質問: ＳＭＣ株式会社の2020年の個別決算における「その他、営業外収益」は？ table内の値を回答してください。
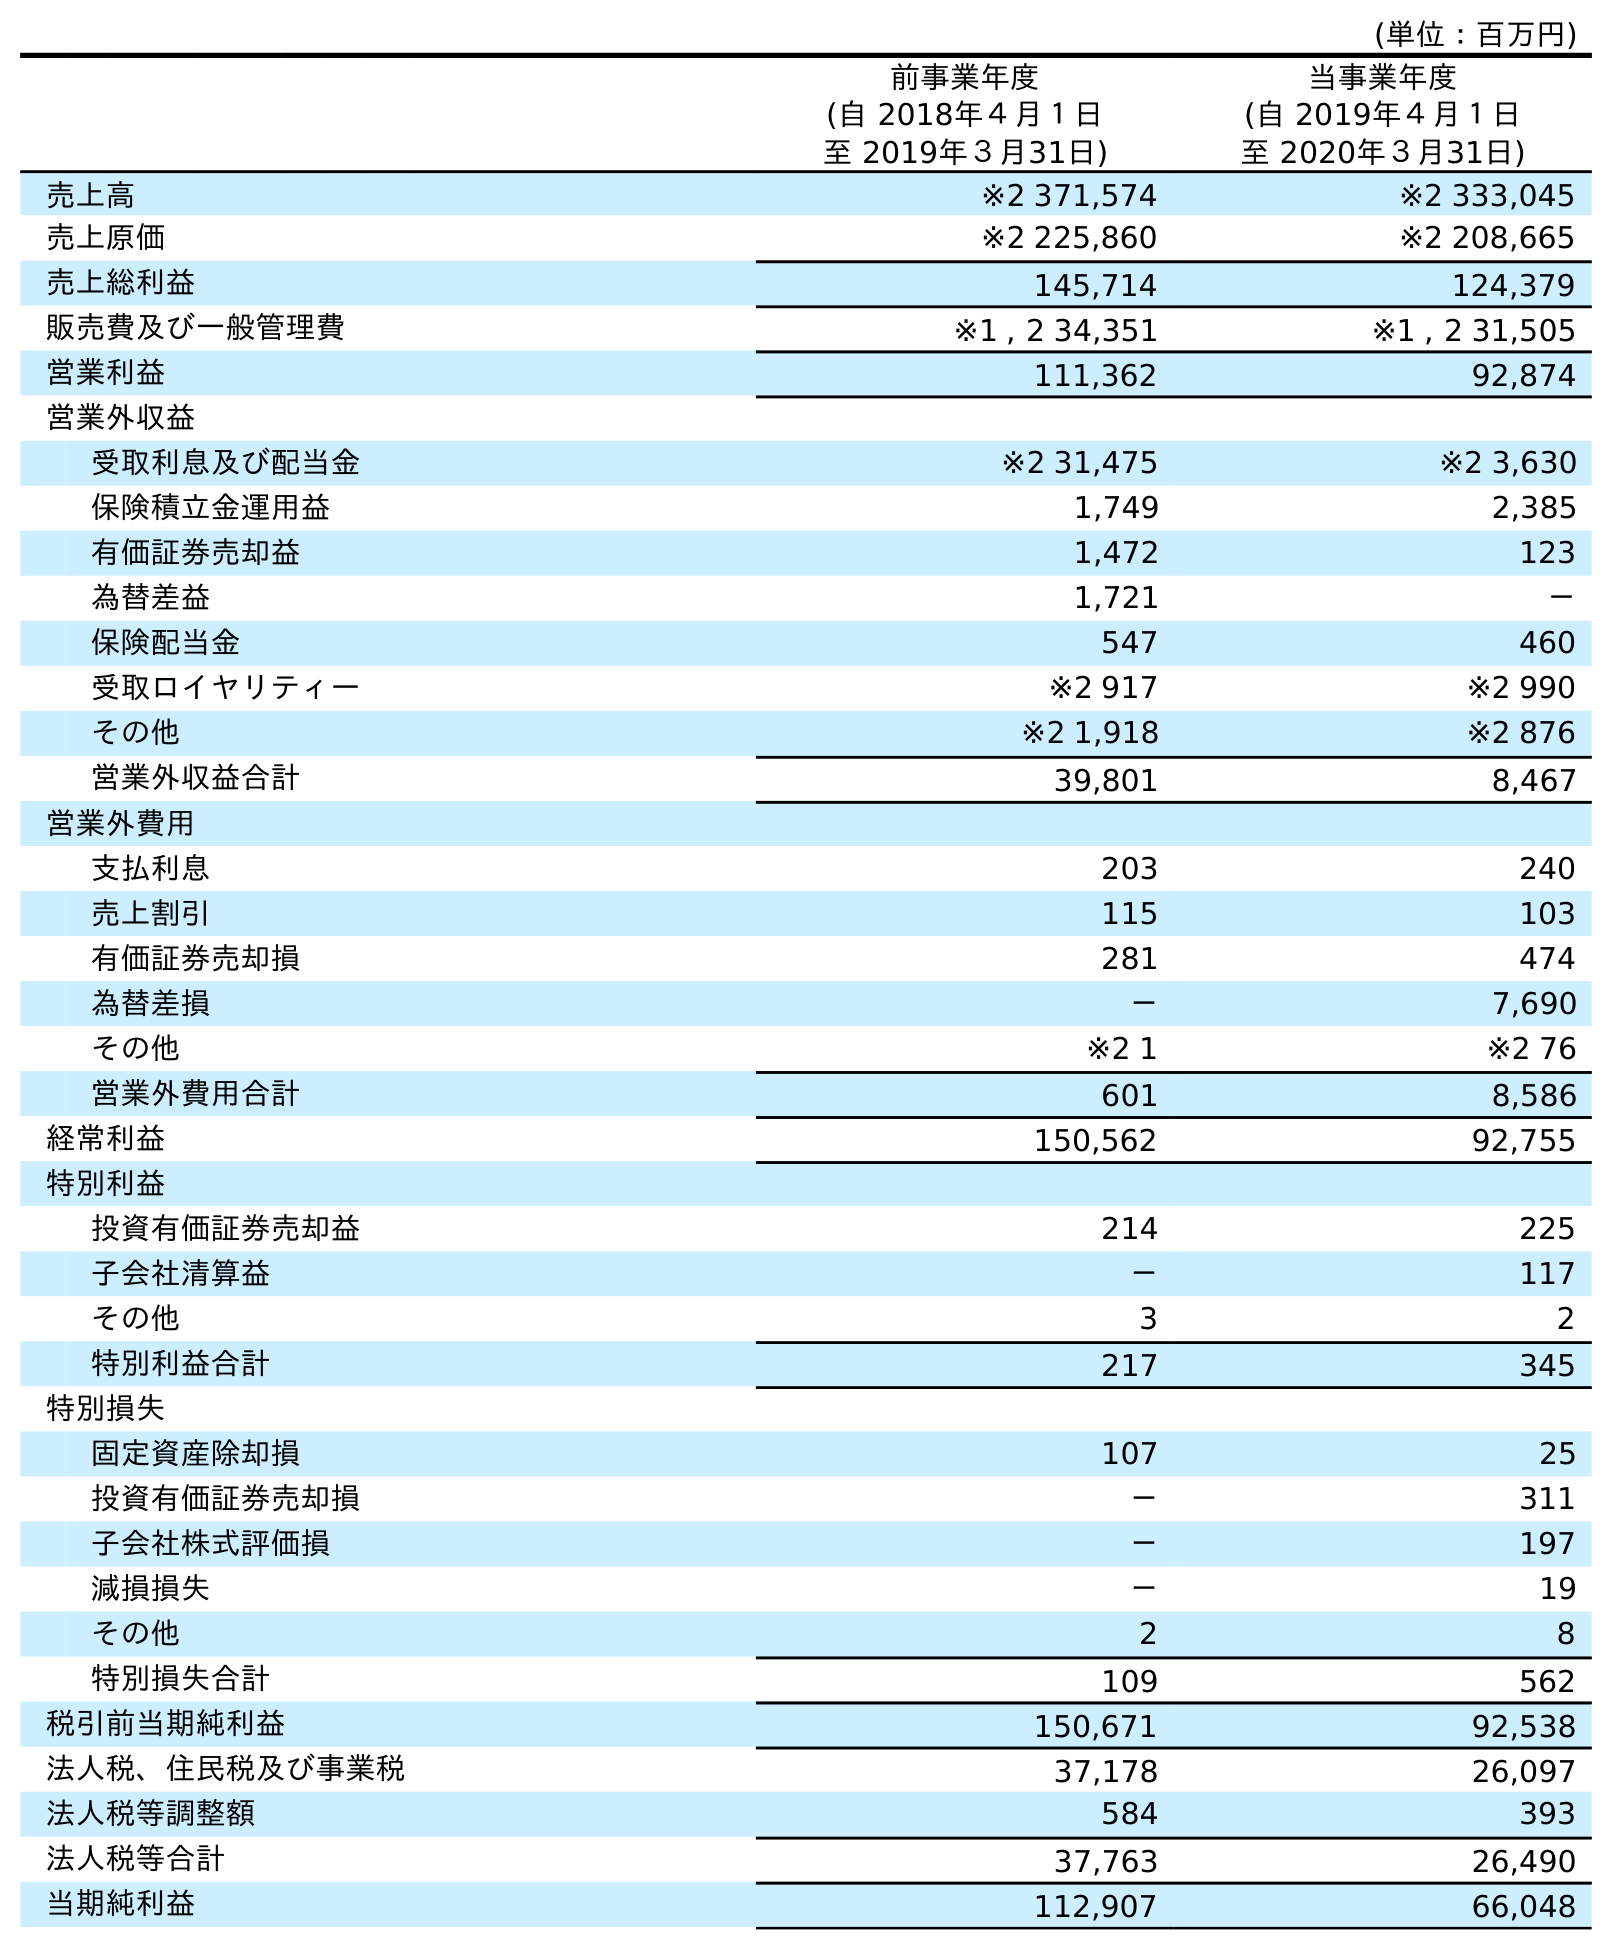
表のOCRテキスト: (単位：百万円) 前事業年度 (自 2018年４月１日 至 2019年３月31日) 当事業年度 (自 2019年４月１日 至 2020年３月31日) 売上高 ※2 371,574 ※2 333,045 売上原価 ※2 225,860 ※2 208,665 売上総利益 145,714 124,379 販売費及び一般管理費 ※1 , 2 34,351 ※1 , 2 31,505 営業利益 111,362 92,874 営業外収益 受取利息及び配当金 ※2 31,475 ※2 3,630 保険積立金運用益 1,749 2,385 有価証券売却益 1,472 123 為替差益 1,721 － 保険配当金 547 460 受取ロイヤリティー ※2 917 ※2 990 その他 ※2 1,918 ※2 876 営業外収益合計 39,801 8,467 営業外費用 支払利息 203 240 売上割引 115 103 有価証券売却損 281 474 為替差損 － 7,690 その他 ※2 1 ※2 76 営業外費用合計 601 8,586 経常利益 150,562 92,755 特別利益 投資有価証券売却益 214 225 子会社清算益 － 117 その他 3 2 特別利益合計 217 345 特別損失 固定資産除却損 107 25 投資有価証券売却損 － 311 子会社株式評価損 － 197 減損損失 － 19 その他 2 8 特別損失合計 109 562 税引前当期純利益 150,671 92,538 法人税、住民税及び事業税 37,178 26,097 法人税等調整額 584 393 法人税等合計 37,763 26,490 当期純利益 112,907 66,048
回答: ※2876